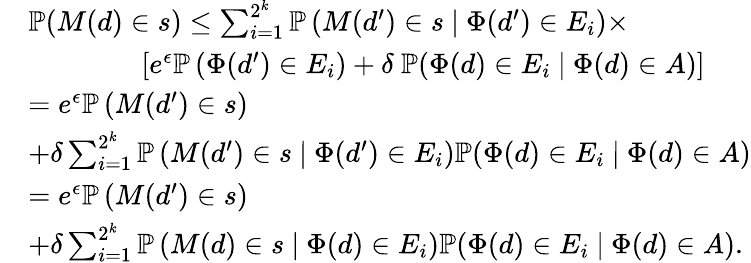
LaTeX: \begin{array}{rl}&{\mathbb{P}(M(d)\in s)\leq\sum_{i=1}^{2^{k}}\mathbb{P}\left(M(d^{\prime})\in s\ |\ \Phi(d^{\prime})\in E_{i}\right)\times}\\ &{\qquad\qquad\left[e^{\epsilon}\mathbb{P}\left(\Phi(d^{\prime})\in E_{i}\right)+\delta\ \mathbb{P}(\Phi(d)\in E_{i}\ |\ \Phi(d)\in A)\right]}\\ &{=e^{\epsilon}\mathbb{P}\left(M(d^{\prime})\in s\right)}\\ &{+\delta\sum_{i=1}^{2^{k}}\mathbb{P}\left(M(d^{\prime})\in s\ |\ \Phi(d^{\prime})\in E_{i}\right)\mathbb{P}(\Phi(d)\in E_{i}\ |\ \Phi(d)\in A)}\\ &{=e^{\epsilon}\mathbb{P}\left(M(d^{\prime})\in s\right)}\\ &{+\delta\sum_{i=1}^{2^{k}}\mathbb{P}\left(M(d)\in s\ |\ \Phi(d)\in E_{i}\right)\mathbb{P}(\Phi(d)\in E_{i}\ |\ \Phi(d)\in A).}\end{array}